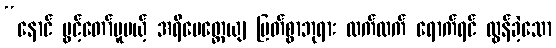
“နောင် ပွင့်တော်မူမယ့် အရိမေတ္တေယျ မြတ်စွာဘုရား လက်ထက် ရောက်ရင် လွန်ခဲ့သော